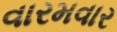
વારમવાર